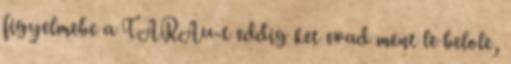
figyelmebe a TARAu-t eddig ket evad ment le belole,